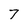
Character: 7